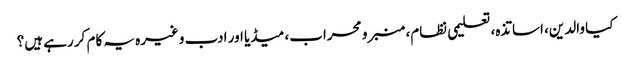
کیا والدین، اساتذہ، تعلیمی نظام، منبر و محراب، میڈیا اور ادب وغیرہ یہ کام کر رہے ہیں؟